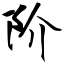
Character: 阶